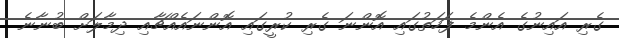
ގެރި އައިނުގެ އެންމެ ފަހަތުގައި އޮންނަ ގެރި ކުރީގައި އޮންނައެއްޗާއި ދިމާލަށް ބުނާނެ